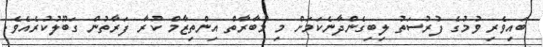
ބައިވެރި ވުމުގެ ފުރުސަތު ލިބިގެންދާނެކަމަށް މި މުބާރާތް އިންތިޒާމް ކުރާ ފަރާތުން ގަބޫލުކުރެއެވެ.